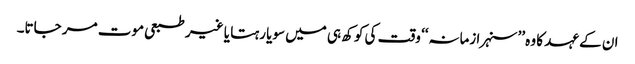
ان کے عہد کا وہ ’’سنہرا زمانہ‘‘ وقت کی کوکھ ہی میں سویا رہتا یا غیر طبعی موت مر جاتا۔